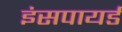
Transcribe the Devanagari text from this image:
इंसपायर्ड